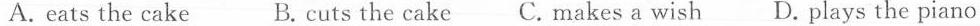
A. eats the cake B. cuts the cake C.Makes a wish D. Plays the piano